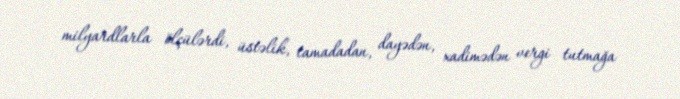
milyardlarla ölçülərdi, üstəlik, tamadadan, dayədən, xadimədən vergi tutmağa